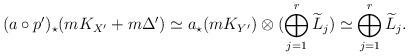
LaTeX: \begin{align*}(a\circ p')_\star (m K_{X'} + m\Delta') \simeq a_\star (m K_{Y'}) \otimes (\bigoplus_{j=1}^r \widetilde{L}_j ) \simeq \bigoplus_{j=1}^r \widetilde{L}_j . \end{align*}